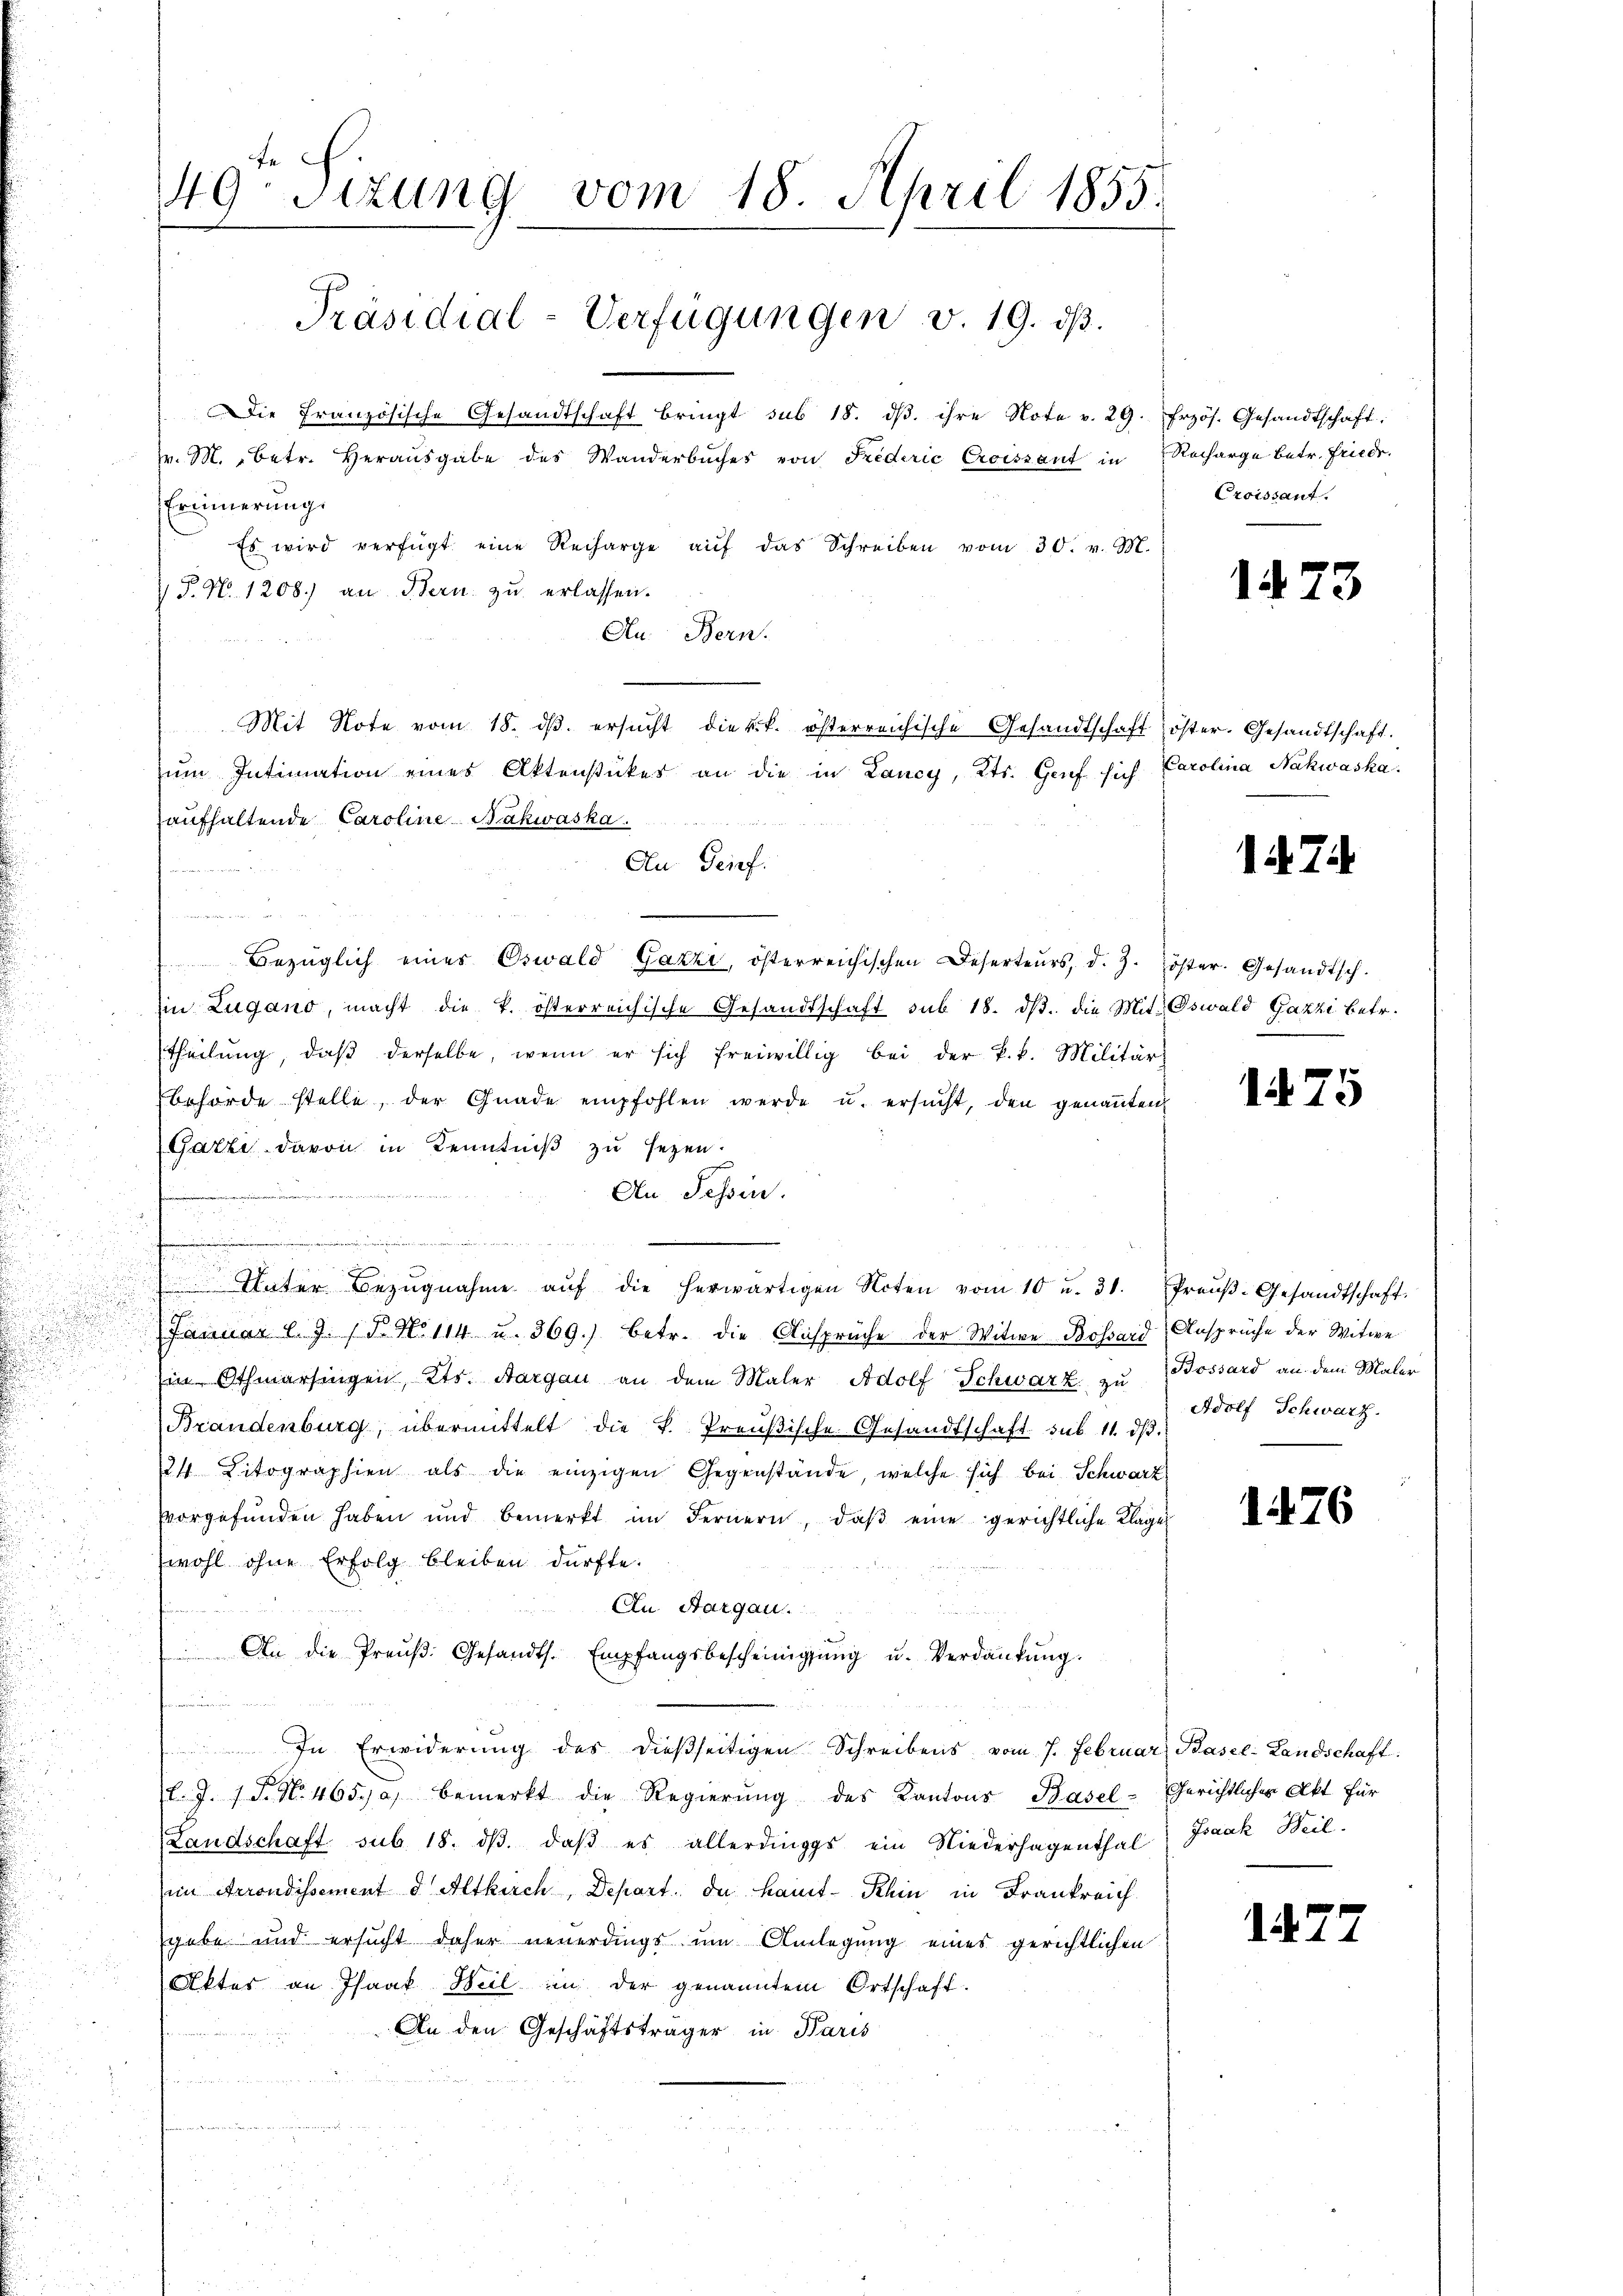
u
d

49. Sizung vom 18. April 1855.
Präsidial-Verfügungen v. 19. ds.
Die Französische Gesandtschaft bringt sub 18. dβ. ihre Note v. 29. Frzös. Gesandtschaft.
v. M. betr. Heraŭsgabe des Wanderbŭches von Frederić Croissant in Recharge betr. Friedr.
Erinnerungs
Es wird verfügt eine Recharge aŭf das Schreiben vom 30. v. M.

P. N. 1208. an Bern zu erlassen.
Au. Bern.
aufhaltende Caroline-Bakwaska

n

Bezüglich einer Oswald Gazzi, österreichischen Deserteurs, d. J. Zöster. Gesandtsch.
in Zugano, macht die k. österreichische Gesandtschaft sub 18. dβ. die Mit Oswald Gazzi betr.
theilŭng, daβ derselbe, wenn er sich freiwillig bei der k. k. Militär
behörde stelle, der Gnade empfohlen werde u. ersucht, den genannten
Gatze davon in Kenntniß zu sezen.
An Tessin.
.
himmen
Unter Bezŭgnahme aŭf die herwärtigen Noten vom 10 u. 31. Preŭβ-Gesandtschaft.
Januar l. J. (T. No 114 u. 369.) betr. die Ansprüche der Witwe Bossard Ansprüche der Witwe
Ein Othmarsingen, Kts. Aargau an dem Maler Adolf Schwarz zu Bossard an dem Maler
Brandenburg, übermittelt die K. Preŭβische Gesandtschaft sub 11. dβ.
24 Litographien als die einzigen Gegenstände, welche sich bei Schwarz
vorgefunden haben und bemerkt im Fernern, daβ eine gerichtliche Klage
wohl ohne Erfolg bleiben dürfte.
n
An Aargau.
 An die Preŭβ: Gesandts. Empfangsbescheinigŭng u. Verdankŭng.
n
In Erwiderŭng des dießseitigen Schreibens vom 7. Februar Pasel: Landschaft.
l. J. 1 S. Nr. 465. a, bemerkt die Regierŭng des Kantons Basel-Gerichtlicher Akt für
Landschaft sub. 18. dβ. daβ es allerdings ein Niederhagenthal) Isaak Weil
im Arrondissement d Altkirch, Depart. Da kant-Kehin in Frankreich
gebe und ersucht daher neuerdings um Anlegung eines gerichtlichen
Aktes an Isaak Weil in der genannten Ortschaft.
An den Geschäftsträger in Paris
n

An Geif.

Mit Note vom 18. dβ. ersŭcht die k.k. österreichische Gesandtschaft öster. Gesandtschaft.
ŭm Intimation eines Aktensticker an die in Lancy, Kts. Genf sich Carolina Nahwaska

Croissant.

1473

174

175

Adolf Schwarz.

1476.

1427